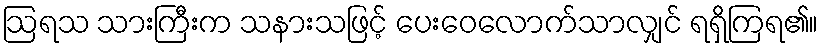
ဩရသ သားကြီးက သနားသဖြင့် ပေးဝေလောက်သာလျှင် ရရှိကြရ၏။